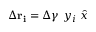
\Delta \mathbf { r _ { i } } = \Delta \gamma \ y _ { i } \ \hat { x }